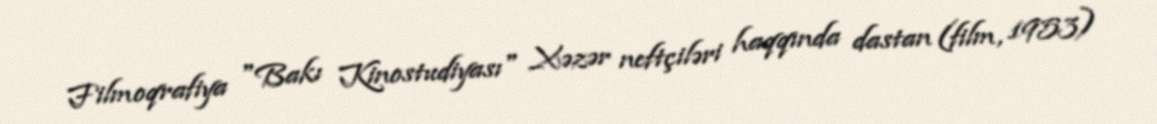
Filmoqrafiya "Bakı Kinostudiyası" Xəzər neftçiləri haqqında dastan (film, 1953)